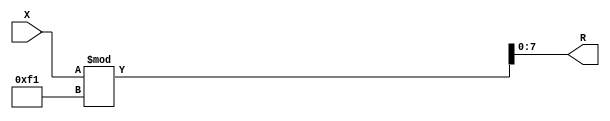
module x_400_mod_241_reg(
    input [400:1] X,
    output [8:1] R
    );


assign R = X % 241;

endmodule